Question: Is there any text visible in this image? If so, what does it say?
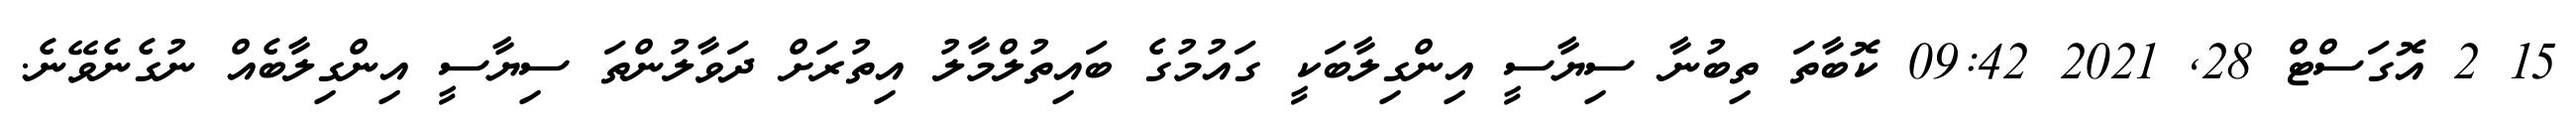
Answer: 15 2 އޮގަސްޓް 28, 2021 09:42 ކޮބާތަ ތިބުނާ ސިޔާސީ އިންގިލާބަކީ ގައުމުގެ ބައިތުލްމާލު އިތުރަށް ދަވާލުންތަ ސިޔާސީ އިންގިލާބެއް ނުގެނެވޭނެ.